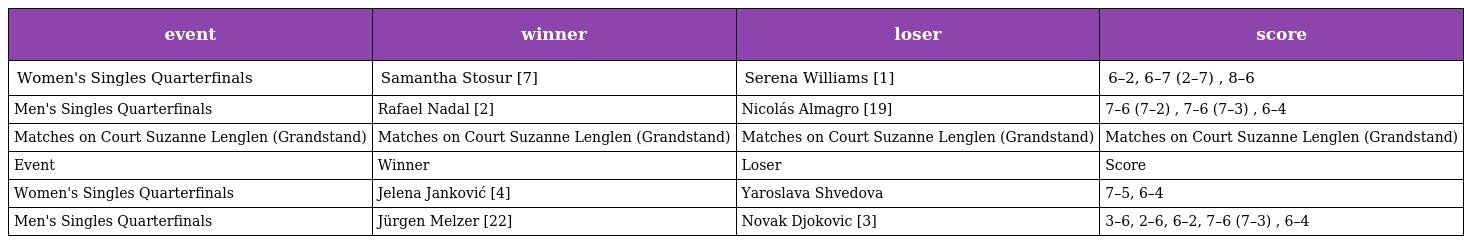
| event | winner | loser | score |
 | --- | --- | --- | --- |
 | Women's Singles Quarterfinals | Samantha Stosur [7] | Serena Williams [1] | 6–2, 6–7 (2–7) , 8–6 |
 | Men's Singles Quarterfinals | Rafael Nadal [2] | Nicolás Almagro [19] | 7–6 (7–2) , 7–6 (7–3) , 6–4 |
 | Matches on Court Suzanne Lenglen (Grandstand) | Matches on Court Suzanne Lenglen (Grandstand) | Matches on Court Suzanne Lenglen (Grandstand) | Matches on Court Suzanne Lenglen (Grandstand) |
 | Event | Winner | Loser | Score |
 | Women's Singles Quarterfinals | Jelena Janković [4] | Yaroslava Shvedova | 7–5, 6–4 |
 | Men's Singles Quarterfinals | Jürgen Melzer [22] | Novak Djokovic [3] | 3–6, 2–6, 6–2, 7–6 (7–3) , 6–4 |